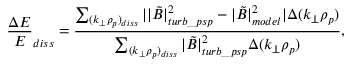
\frac { \Delta E } { E } _ { d i s s } = \frac { \sum _ { ( k _ { \perp } \rho _ { p } ) _ { d i s s } } | | \tilde { B } | _ { t u r b \_ p s p } ^ { 2 } - | \tilde { B } | _ { m o d e l } ^ { 2 } | \Delta ( k _ { \perp } \rho _ { p } ) } { \sum _ { ( k _ { \perp } \rho _ { p } ) _ { d i s s } } | \tilde { B } | _ { t u r b \_ p s p } ^ { 2 } \Delta ( k _ { \perp } \rho _ { p } ) } ,